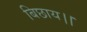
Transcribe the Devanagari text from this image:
बिछाय।।